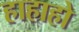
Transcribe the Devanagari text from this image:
हाहाहो